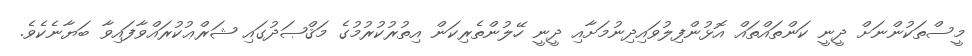
މީސްތަކުންނަށް ދީނީ ކަންތައްތައް އޮޅުންފިލުވައިދިނުމަށާއި ދީނީ ހޭލުންތެރިކަން އިތުރުކުރުމުގެ މަޤްޞަދުގައި ޝަރްޢުކުރައްވާފައިވާ ބަޔާނެކެވެ.